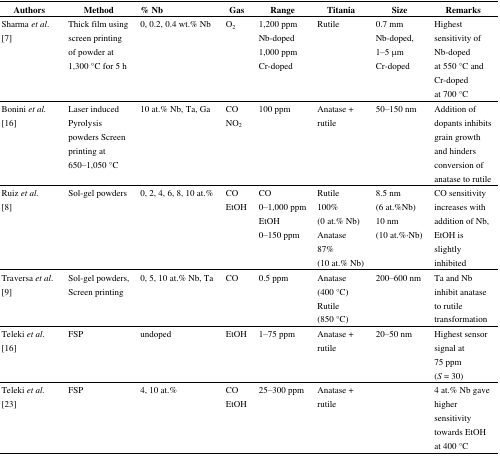
| Authors | Method | % Nb | Gas | Range | Titania | Size | Remarks |
 | --- | --- | --- | --- | --- | --- | --- | --- |
 | Sharma et al. [7] | Thick film using screen printing of powder at 1,300 °C for 5 h | 0, 0.2, 0.4 wt.% Nb | O2 | 1,200 ppmNb-doped1,000 ppmCr-doped | Rutile | 0.7 mmNb-doped, 1–5μmCr-doped | Highest sensitivity of Nb-doped at 550 °C and Cr-doped at 700 °C |
 | Bonini et al. [16] | Laser induced Pyrolysis powders Screen printing at 650–1,050 °C | 10 at.% Nb, Ta, Ga | CONO2 | 100 ppm | Anatase + rutile | 50–150 nm | Addition of dopants inhibits grain growth and hinders conversion of anatase to rutile |
 | Ruiz et al. [8] | Sol-gel powders | 0, 2, 4, 6, 8, 10 at.% | COEtOH | CO 0–1,000 ppmEtOH 0–150 ppm | Rutile 100% (0 at.% Nb)Anatase 87% (10 at.% Nb) | 8.5 nm (6 at.%Nb)10 nm (10 at.%·Nb) | CO sensitivity increases with addition of Nb, EtOH is slightly inhibited |
 | Traversa et al. [9] | Sol-gel powders, Screen printing | 0, 5, 10 at.% Nb, Ta | CO | 0.5 ppm | Anatase (400 °C)Rutile(850 °C) | 200–600 nm | Ta and Nb inhibit anatase to rutile transformation |
 | Teleki et al. [16] | FSP | undoped | EtOH | 1–75 ppm | Anatase + rutile | 20–50 nm | Highest sensor signal at 75 ppm (S = 30) |
 | Teleki et al. [23] | FSP | 4, 10 at.% | COEtOH | 25–300 ppm | Anatase + rutile |  | 4 at.% Nb gave higher sensitivity towards EtOH at 400 °C |